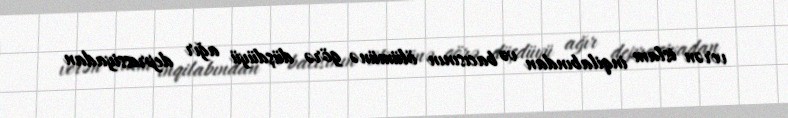
verən islam inqilabından və bacısının ölümünə görə düşdüyü ağır depressiyadan